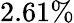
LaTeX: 2.61\%